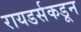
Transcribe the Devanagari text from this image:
रायडर्सकडून